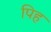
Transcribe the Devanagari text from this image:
पिह